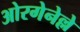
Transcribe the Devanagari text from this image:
ओरगेनेल्ले